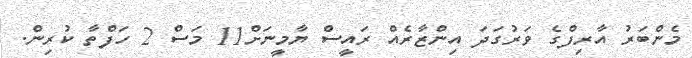
މެންބަރު އާރިފްގެ ވަރުގަދަ އިންޒާރެއް ރައީސް ޔާމީނަށް11 މަސް 2 ހަފްތާ ކުރިން.